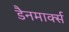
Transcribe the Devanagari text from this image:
डैनमार्क्स